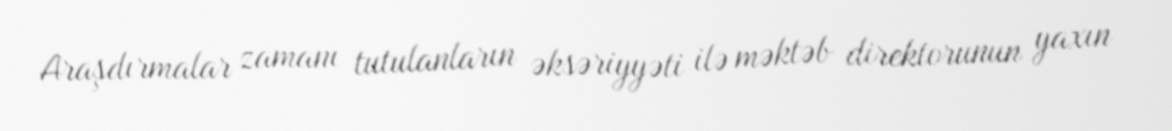
Araşdırmalar zamanı tutulanların əksəriyyəti ilə məktəb direktorunun yaxın